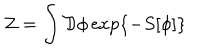
{ \cal Z } = \int { \cal D } \phi \exp \left\{ - S [ \phi ] \right\}